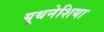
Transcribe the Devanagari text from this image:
यूथनेशिया